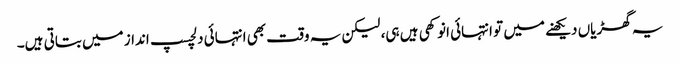
یہ گھڑیاں دیکھنے میں تو انتہائی انوکھی ہیں ہی، لیکن یہ وقت بھی انتہائی دلچسپ انداز میں بتاتی ہیں۔